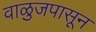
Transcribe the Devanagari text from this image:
वाळुजपासून